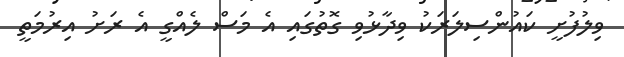
ވިލުފުށީ ކައުންސިލަރަކު ވިދާޅުވި ގޮތުގައި އެ މަސް ލެއްގީ އެ ރަށު އިރުމަތީ